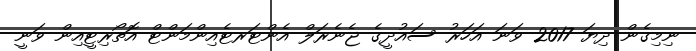
ނިމިގެން ދިޔަ 2017 ވަނަ އަހަރު ސައުދީގެ ޖެނެރަލް އެންޓަރޓެއިންމަންޓް އޮތޯރިޓީއިން ވަނީ